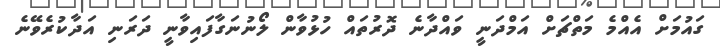
ގައުމަށް އެއްމެ މަތްޗަށް އަމްދަނީ ވައްދާނެ ދޮރުތައް ހުޅުވާން ލޯނުނަގާފައިވާނީ ދަރަނި އަދާކުރެވޭނެ